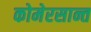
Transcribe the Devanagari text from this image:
कोमेरसान्त